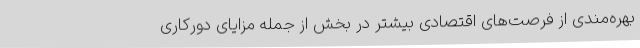
بهره‌مندی از فرصت‌های اقتصادی بیشتر در بخش از جمله مزایای دورکاری